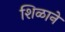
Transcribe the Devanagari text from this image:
शिळाने